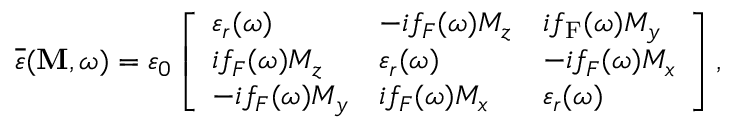
\overline { { \varepsilon } } ( \mathbf { M } , \omega ) = \varepsilon _ { 0 } \left[ \begin{array} { l l l } { \varepsilon _ { r } ( \omega ) } & { - i f _ { { F } } ( \omega ) M _ { z } } & { i f _ { \mathrm { F } } ( \omega ) M _ { y } } \\ { i f _ { { F } } ( \omega ) M _ { z } } & { \varepsilon _ { r } ( \omega ) } & { - i f _ { { F } } ( \omega ) M _ { x } } \\ { - i f _ { { F } } ( \omega ) M _ { y } } & { i f _ { { F } } ( \omega ) M _ { x } } & { \varepsilon _ { r } ( \omega ) } \end{array} \right] ,